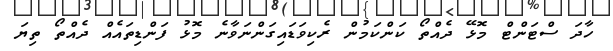
ހާދަ ސްޓަންޓް މޮޅޭ ދެއްތޯ ކަންކަމުން ރެކިވަޑައިގަންނަވާނެ މޮޅު ފަންޑިތައެއް ދެއްތޯ ތިޔަ